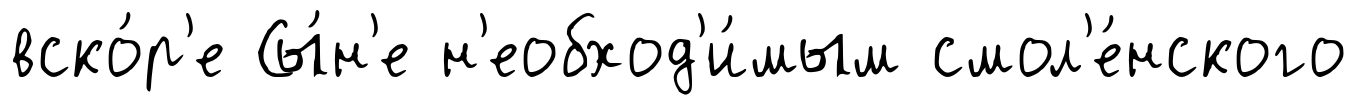
вско́р'е Сы́н'е н'еобход'и́мым смол'е́нского